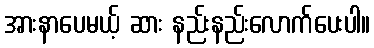
အားနာပေမယ့် ဆား နည်းနည်းလောက်ပေးပါ။